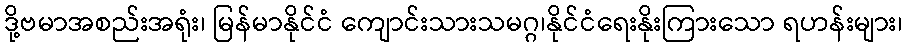
ဒို့ဗမာအစည်းအရုံး၊ မြန်မာနိုင်ငံ ကျောင်းသားသမဂ္ဂ၊နိုင်ငံရေးနိုးကြားသော ရဟန်းများ၊